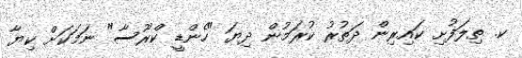
ކ. ތިލަފުށި ކައިރިން ދަތުރު ކުރަމުން ދިޔަ "ހެންޑީ ކްރޫސާ" ނަމަކަށް ކިޔާ